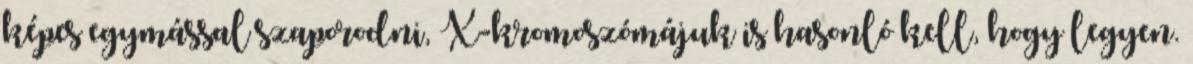
képes egymással szaporodni, X-kromoszómájuk is hasonló kell, hogy legyen.